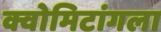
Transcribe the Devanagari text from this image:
क्वोमिटांगला